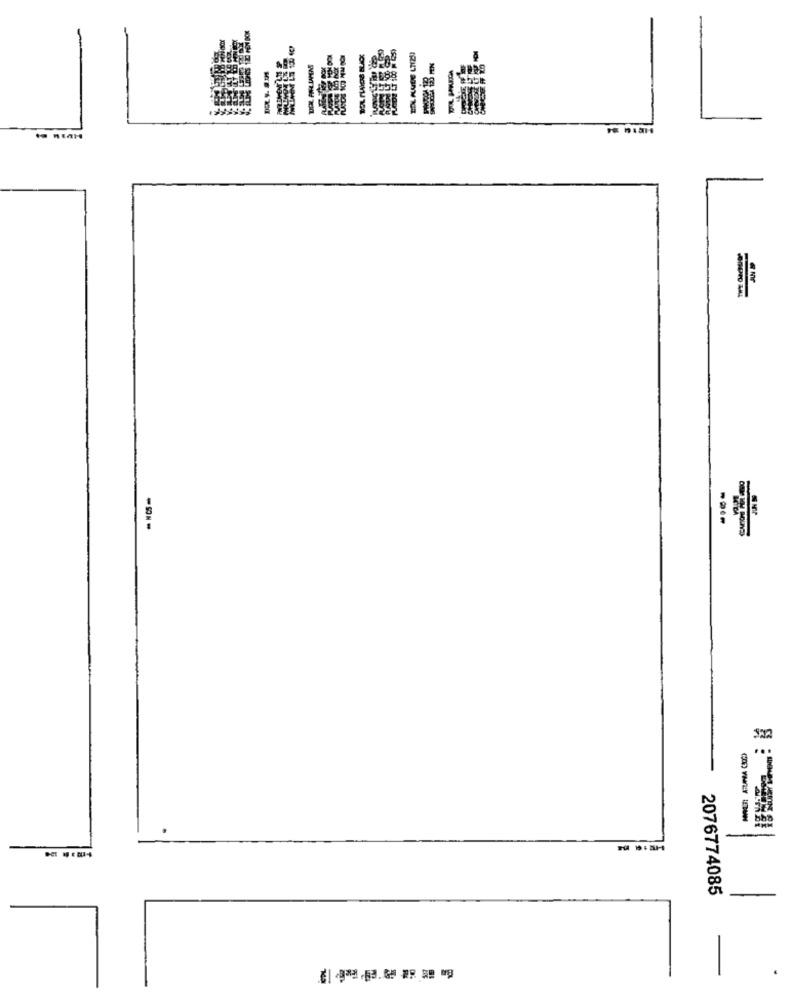
UDL FIL LAMINS
-5 --
..
-
2076774085